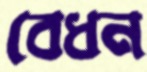
বেধন